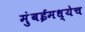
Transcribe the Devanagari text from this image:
मुंबईमध्येच